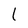
Character: l